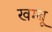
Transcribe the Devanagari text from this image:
खम्बू